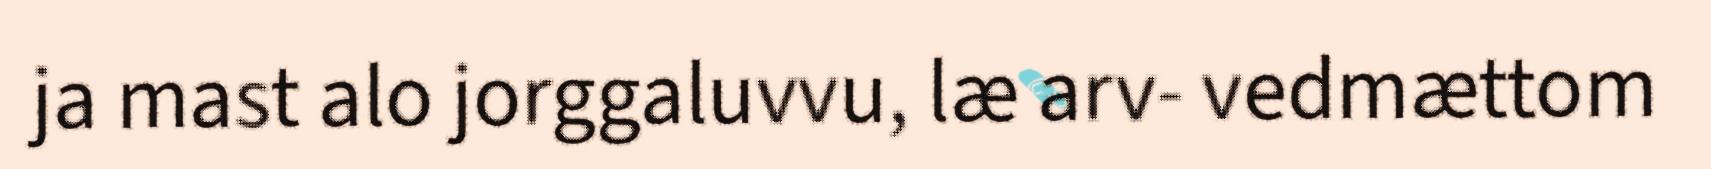
ja mast alo jorggaluvvu, læ arv- vedmættom